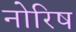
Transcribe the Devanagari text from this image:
नोरिष